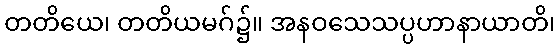
တတိယေ၊ တတိယမဂ်၌။ အနဝသေသပ္ပဟာနာယာတိ၊